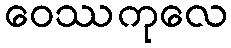
ဝေဿကုလေ